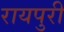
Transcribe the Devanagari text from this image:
रायपुरी